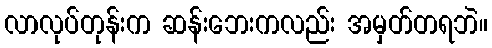
လာလုပ်တုန်းက ဆန်းဘေးကလည်း အမှတ်တရဘဲ။